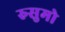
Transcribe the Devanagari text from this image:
रुसुमो